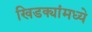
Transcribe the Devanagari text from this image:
खिडक्यांमध्ये